Annual report of the Punjab Veterinary College and of the Civil Veterinary Department, Punjab - 1894-1908
Year: 1894
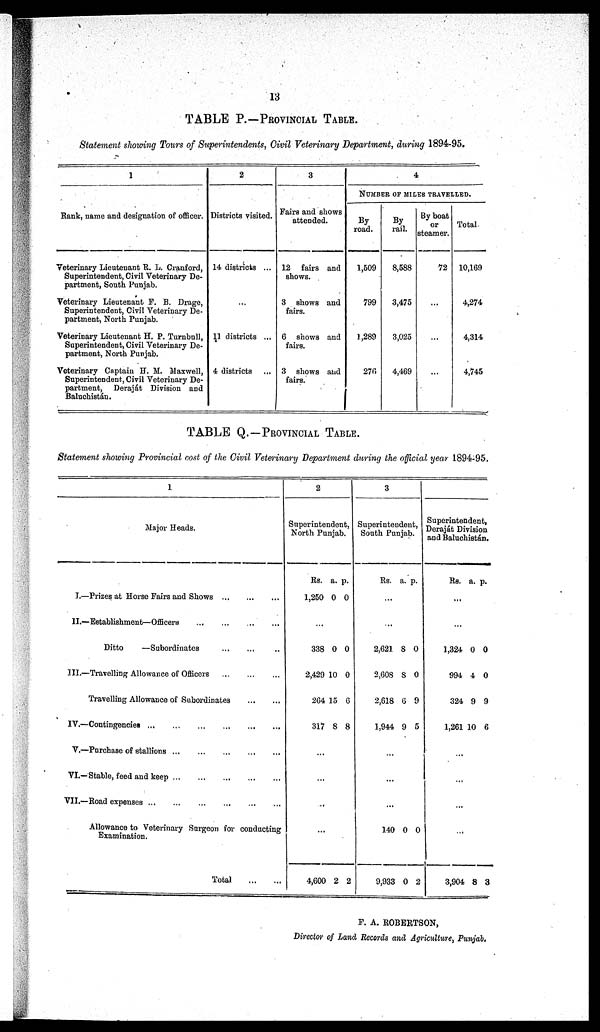
13
TABLE P.—PROVINCIAL TABLE.
Statement showing Tours of Superintendents, Civil Veterinary Department, during 1894-95.
1
Rank, name and designation of officer.
Veterinary Lieutenant R. L. Cranford,
Superintendent, Civil Veterinary De-
partment, South Punjab.
Veterinary Lieutenant F. B. Drage,
Superintendent, Civil Veterinary De-
partment, North Punjab.
Veterinary Lieutenant H. P. Turnbull,
Superintendent, Civil Veterinary De-
partment, North Punjab.
Veterinary Captain H. M. Maxwell,
Superintendent, Civil Veterinary De-
partment,
Deraját Division and
Baluchistán.
2
Districts visited.
14 districts ...
...
11 districts ...
4 districts ...
3
Fairs and shows
attended.
12 fairs and
shows.
3 shows and
fairs.
6 shows and
fairs.
3 shows and
fairs.
4
NUMBER OF MILES TRAVELLED.
By
road.
1,509
799
1,289
276
By
rail.
8,588
3,475
3,025
4,469
By boat
or
steamer.
72
...
...
...
Total
10,169
4,274
4,314
4,745
TABLE Q.–– PROVINCIAL TABLE.
Statement showing Provincial cost of the Civil Veterinary Department during the official year 1894-95.
1
Major Heads.
I.—Prizes at Horse Fairs and Shows
...
...
...
II.—Establishment—Officers
...
...
...
...
Ditto
—Subordinates ... ... ...
III.—Travelling Allowance of Officers
...
...
...
Travelling Allowance of Subordinates
...
...
IV.—Contingencies
...
...
...
...
...
...
V.—Purchase of stallions
...
...
...
...
VI.—Stable, feed and keep
...
...
...
...
...
VII.—Road expenses
...
...
...
...
...
...
Allowance to Veterinary Surgeon for conducting
Examination.
Total
...
...
2
Superintendent,
North Punjab.
Rs.
1,250
a.
0
p.
0
...
338
2,429
264
317
0
10
15
8
0
0
6
8
...
...
..
...
4,600 2 2
3
Superintendent,
South Punjab.
Rs. a. p.
...
...
2,621
2,608
2,618
1,944
8
8
6
9
0
0
9
5
...
...
...
140
9,933
0
0
0
2
Superintendent,
Deraját Division
and Baluchistán.
Rs. a. p.
...
...
1,324
994
324
1,261
0
4
9
10
0
0
9
6
...
...
...
3,904 8 3
F. A. ROBERTSON,
Director of Land Records and Agriculture, Punjab.